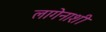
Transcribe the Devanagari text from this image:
लागेनाशी